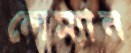
লেম্যান